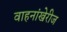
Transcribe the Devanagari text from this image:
वाहनांखेरीज